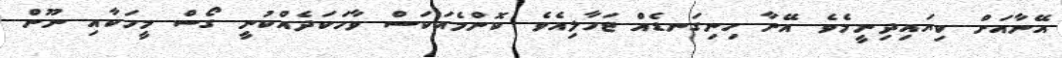
އޭނާއަށް ކިޔައިދިނީމެވެ. އޭނާ ހިނިގަނޑެއް ޖަހާލިއެވެ. ކޮންމެއަކަސް ވާހަކަދެއްކުނީ ގޯސް މީހަކާއި ނޫން